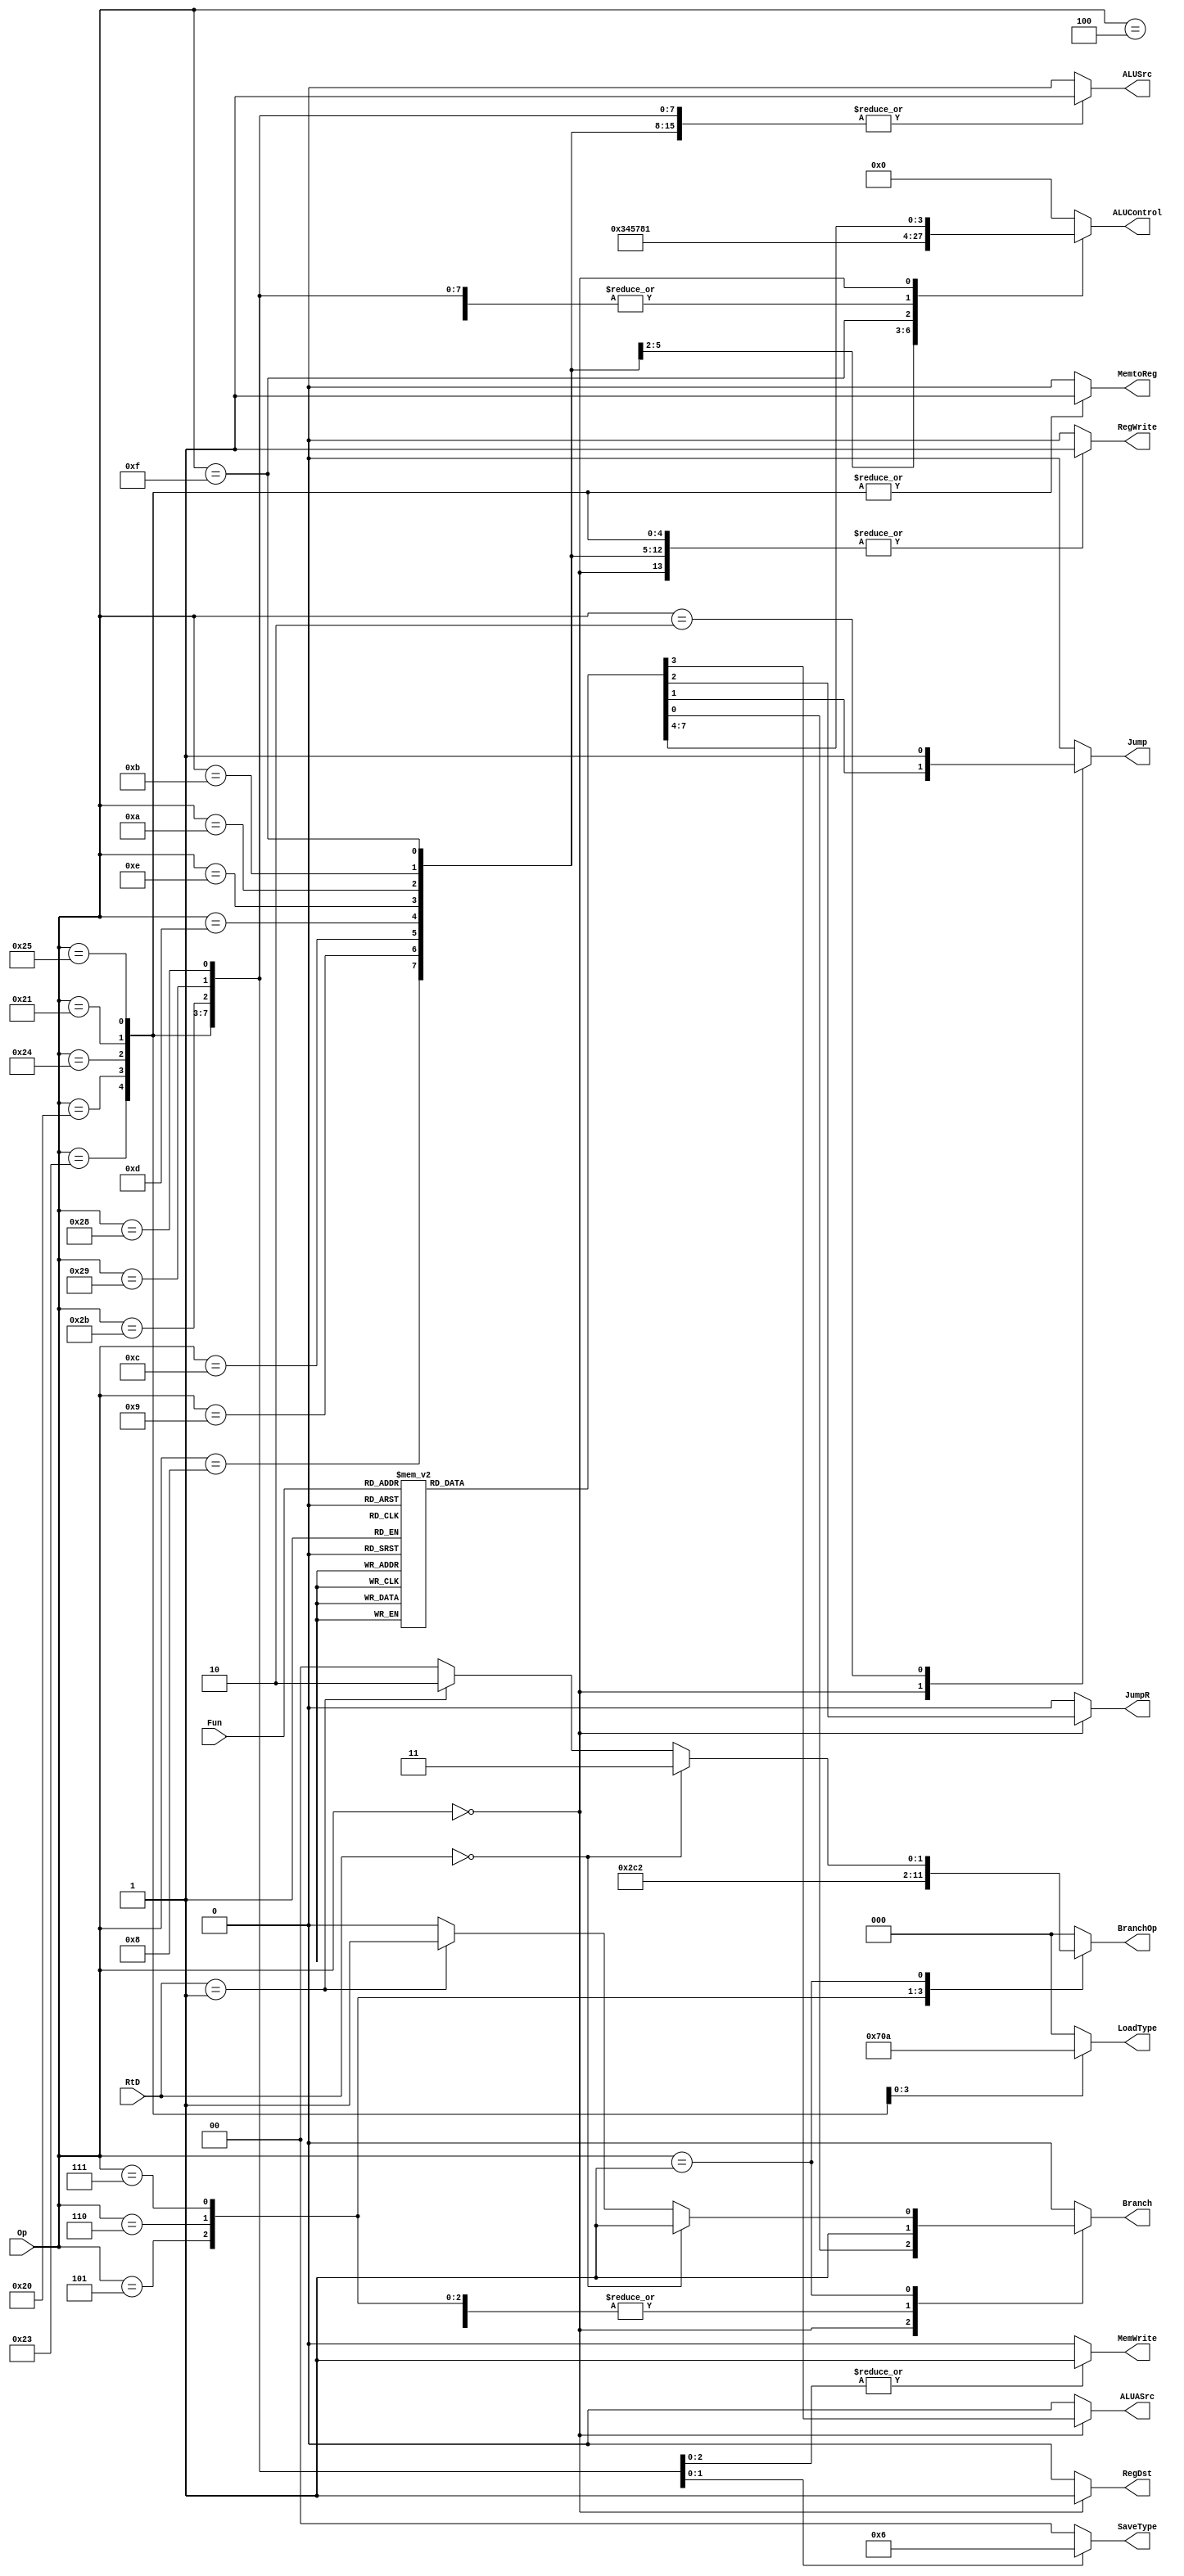
`timescale 1ns / 1ps
module ControlUnit(
	input [5:0]Op,
	input [5:0]Fun,
	input [4:0]RtD,
	output reg MemtoReg,
	output reg MemWrite,
	output reg Branch,
	output reg ALUSrc,//0:rt 1:imm
	output reg RegDst,//0:rt 1:rd
	output reg RegWrite,
	output reg [3:0]ALUControl,
	output reg Jump,//0:PC=imm 1:PC=PC+imm
	output reg [2:0]BranchOp,
	output reg JumpR,
	output reg [2:0]LoadType,//w,h,hu,b,bu
	output reg [1:0]SaveType,//w,h,b
	output reg ALUASrc
   );
	
	always@(*)begin
		MemtoReg=0;
		MemWrite=0;
		Branch=0;
		ALUSrc=0;
		RegDst=0;
		RegWrite=0;
		Jump=0;
		ALUControl=0;
		BranchOp=0;
		JumpR=0;
		LoadType=0;
		SaveType=0;
		ALUASrc=0;

		case(Op)
			6'h8://addi
			begin
				ALUSrc=1;
				RegWrite=1;
				ALUControl=1;
			end
			6'h9://addiu
			begin
				ALUSrc=1;
				RegWrite=1;
				ALUControl=1;
			end
			6'hC://andi
			begin
				ALUSrc=1;
				RegWrite=1;
				ALUControl=3;
			end
			6'hD://ori
			begin
				ALUSrc=1;
				RegWrite=1;
				ALUControl=4;
			end
			6'hE://xori
			begin
				ALUSrc=1;
				RegWrite=1;
				ALUControl=5;
			end
			6'hA://slti
			begin
				ALUSrc=1;
				RegWrite=1;
				ALUControl=7;
			end
			6'hB://sltiu
			begin
				ALUSrc=1;
				RegWrite=1;
				ALUControl=0;
			end
			6'hF://lui
			begin
				ALUSrc=1;
				RegWrite=1;
				ALUControl=8;
			end
			6'h23://lw
			begin
				MemtoReg=1;
				ALUSrc=1;
				RegWrite=1;
				ALUControl=1;
			end
			6'h20://lb
			begin
				MemtoReg=1;
				ALUSrc=1;
				RegWrite=1;
				ALUControl=1;
				LoadType=3;
			end
			6'h24://lbu
			begin
				MemtoReg=1;
				ALUSrc=1;
				RegWrite=1;
				ALUControl=1;
				LoadType=4;
			end
			6'h21://lh
			begin
				MemtoReg=1;
				ALUSrc=1;
				RegWrite=1;
				ALUControl=1;
				LoadType=1;
			end
			6'h25://lhu
			begin
				MemtoReg=1;
				ALUSrc=1;
				RegWrite=1;
				ALUControl=1;
				LoadType=2;
			end
			6'h2b://sw
			begin
				MemWrite=1;
				ALUSrc=1;
				ALUControl=1;
			end
			6'h29://sh
			begin
				MemWrite=1;
				ALUSrc=1;
				ALUControl=1;
				SaveType=1;
			end
			6'h28://sb
			begin
				MemWrite=1;
				ALUSrc=1;
				ALUControl=1;
				SaveType=2;
			end
			6'h0://fun
			begin
				RegDst=1;
				RegWrite=1;
				case(Fun)
					6'h20:	ALUControl=1;//add
					6'h21:	ALUControl=1;//addu
					6'h22:	ALUControl=2;//sub
					6'h23:	ALUControl=2;//subu
					6'h2A:	ALUControl=7;//slt
					6'h2B:	ALUControl=0;//sltu
					6'h24:	ALUControl=3;//and
					6'h25:	ALUControl=4;//or
					6'h26:	ALUControl=5;//xor
					6'h27:	ALUControl=6;//nor
					6'h08:	//jr
					begin
						Jump=1;
						JumpR=1;
						Branch=1;
					end
					6'h4:ALUControl=9;//sllv
					6'h7:ALUControl=10;//srav
					6'h6:ALUControl=11;//srlv
					6'h0://sll
					begin
						ALUASrc=1;
						ALUControl=9;
					end
					6'h2://srl
					begin
						ALUASrc=1;
						ALUControl=11;
					end
					6'h3://sra
					begin
						ALUASrc=1;
						ALUControl=10;
					end
				endcase
			end
			6'h4://beq
			begin
				Branch=1;
				BranchOp=0;
			end
			6'h5://bne
			begin
				Branch=1;
				BranchOp=5;
			end
			6'h6://blez
			begin
				Branch=1;
				BranchOp=4;
			end
			6'h7://bgtz
			begin
				Branch=1;
				BranchOp=1;
			end
			6'h1:
			begin
				if(RtD==0)begin//bltz
					Branch=1;
					BranchOp=3;
				end
				else if(RtD==1)begin//bgez
					Branch=1;
					BranchOp=2;
				end
			end
			6'h2://j
			begin
				Jump=1;
			end
		endcase
	end

endmodule